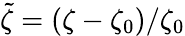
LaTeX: \tilde{\zeta}=(\zeta-\zeta_{0})/\zeta_{0}